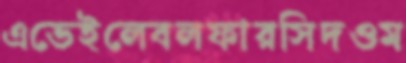
এভেইলেবলফারসিদওম